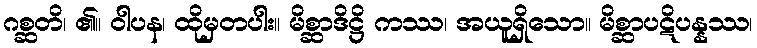
ဂစ္ဆတိ၊ ၏။ ဝါပန၊ ထိုမှတပါး။ မိစ္ဆာဒိဋ္ဌိ ကဿ၊ အယူရှိသော။ မိစ္ဆာပဋိပန္နဿ၊